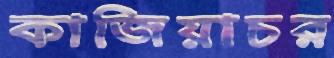
কাজিয়াচর